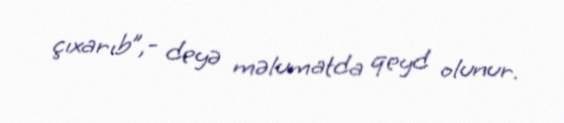
çıxarıb”,- deyə məlumatda qeyd olunur.